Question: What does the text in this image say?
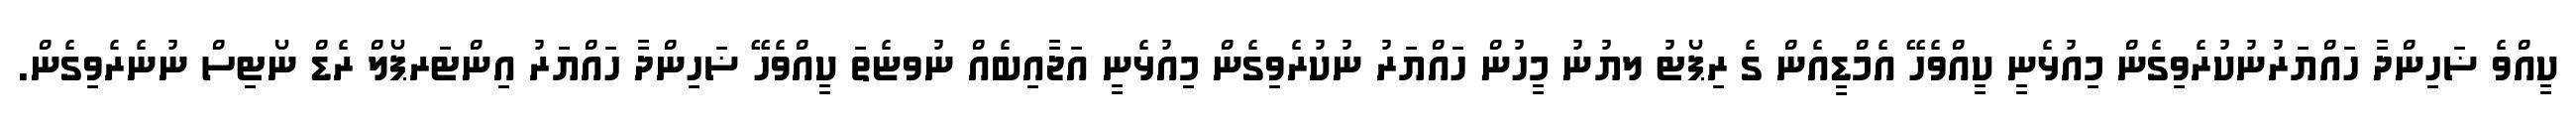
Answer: ކީއްވެ ޟަހިންދާ ހައްޔަރުނުކުރެވިގެން މިއުޅެނީ ކީއްވެހޭ އެމްޑީއެން ގެ ރިޕޯޓު ލޔުނު މީހުން ހައްޔަރު ނުކުރެވިގެން މިއުޅެނީ އަޖާއިބެއް ނުވޏެތަ ކީއްވެހޭ ޟަހިންދާ ހައްޔަރު އިންޓަރޕޯލް ރެޑް ނޯޓިސް ނުނެރެވިގެން.